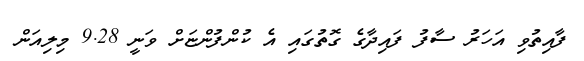
ފާއިތުވި އަހަރު ސާފު ފައިދާގެ ގޮތުގައި އެ ކުންފުންޏަށް ވަނީ 9.28 މިލިއަން